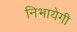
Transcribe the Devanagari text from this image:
निभायेगी